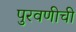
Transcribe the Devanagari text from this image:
पुरवणीची